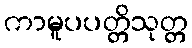
ကာမူပပတ္တိသုတ္တ